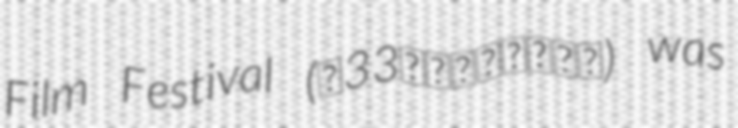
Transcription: Film Festival (第33回ヨコハマ映画祭) was